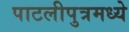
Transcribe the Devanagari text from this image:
पाटलीपुत्रमध्ये